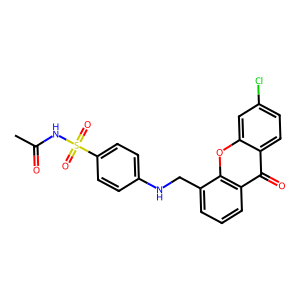
SMILES: CC(=O)NS(=O)(=O)c1ccc(NCc2cccc3c(=O)c4ccc(Cl)cc4oc23)cc1
Inhibits HIV replication: No